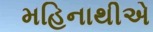
મહિનાથીએ